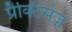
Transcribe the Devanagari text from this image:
प्रैक्टिसेज़